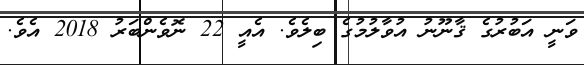
ވަނީ އަބުރުގެ ޤާނޫނު އުވާލުމުގެ ބިލެވެ. އެއީ 22 ނޮވެންބަރު 2018 އެވެ.